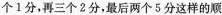
个1分，再三个2分，最后两个5分这样的顺